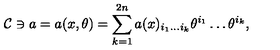
{ \cal C } \ni a = a ( x , \theta ) = \sum _ { k = 1 } ^ { 2 n } a ( x ) _ { i _ { 1 } \ldots i _ { k } } \theta ^ { i _ { 1 } } \ldots \theta ^ { i _ { k } } ,